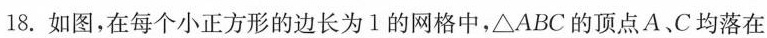
18.如图，在每个小正方形的边长为1的网格中，△ABC的顶点A、C均落在